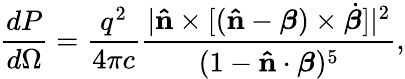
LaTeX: {\frac{dP}{d\Omega}}={\frac{q^{2}}{4\pi c}}{\frac{|\mathbf{\hat{n}}\times[(\mathbf{\hat{n}}-{\boldsymbol{\beta}})\times{\dot{\boldsymbol{\beta}}}]|^{2}}{(1-\mathbf{\hat{n}}\cdot{\boldsymbol{\beta}})^{5}}},